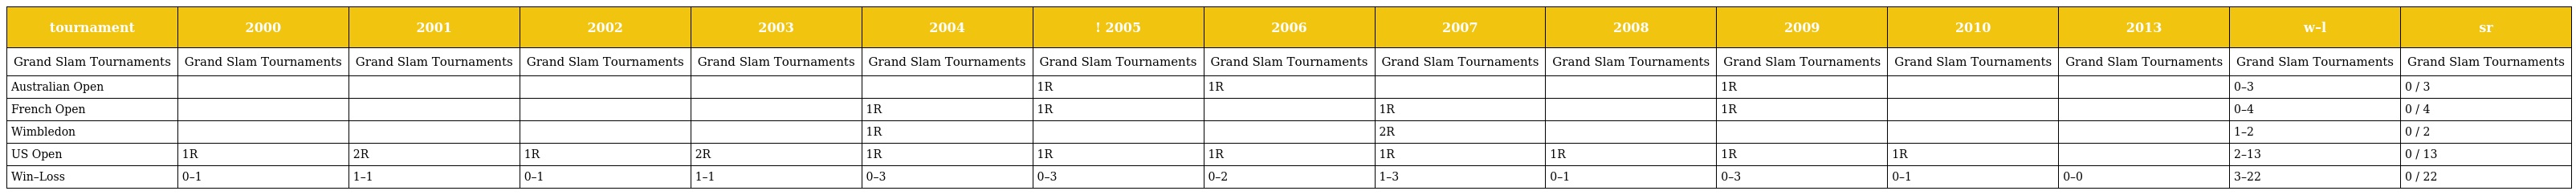
| tournament | 2000 | 2001 | 2002 | 2003 | 2004 | ! 2005 | 2006 | 2007 | 2008 | 2009 | 2010 | 2013 | w–l | sr |
 | --- | --- | --- | --- | --- | --- | --- | --- | --- | --- | --- | --- | --- | --- | --- |
 | Grand Slam Tournaments | Grand Slam Tournaments | Grand Slam Tournaments | Grand Slam Tournaments | Grand Slam Tournaments | Grand Slam Tournaments | Grand Slam Tournaments | Grand Slam Tournaments | Grand Slam Tournaments | Grand Slam Tournaments | Grand Slam Tournaments | Grand Slam Tournaments | Grand Slam Tournaments | Grand Slam Tournaments | Grand Slam Tournaments |
 | Australian Open |  |  |  |  |  | 1R | 1R |  |  | 1R |  |  | 0–3 | 0 / 3 |
 | French Open |  |  |  |  | 1R | 1R |  | 1R |  | 1R |  |  | 0–4 | 0 / 4 |
 | Wimbledon |  |  |  |  | 1R |  |  | 2R |  |  |  |  | 1–2 | 0 / 2 |
 | US Open | 1R | 2R | 1R | 2R | 1R | 1R | 1R | 1R | 1R | 1R | 1R |  | 2–13 | 0 / 13 |
 | Win–Loss | 0–1 | 1–1 | 0–1 | 1–1 | 0–3 | 0–3 | 0–2 | 1–3 | 0–1 | 0–3 | 0–1 | 0–0 | 3–22 | 0 / 22 |